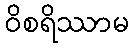
ဝိစရိဿာမ